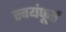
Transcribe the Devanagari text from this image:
स्वयंफूर्त